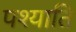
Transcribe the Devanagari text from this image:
पश्याति